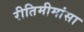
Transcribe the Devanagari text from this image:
रीतिमीमांसा